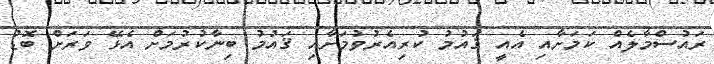
ރައުސްމާލެއް ކަމަށާއި އެއީ ޤައުމު ކުރިއެރުވުމަށާއި ޤައުމު ބިނާކުރުމަށް އެޅޭ ވަރަށް ބޮޑު